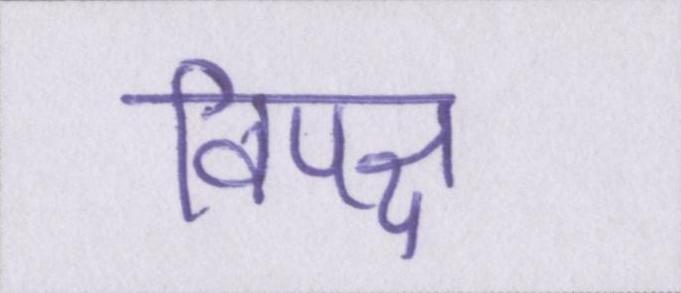
विपक्ष